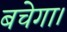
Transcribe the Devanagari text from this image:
बचेगा।